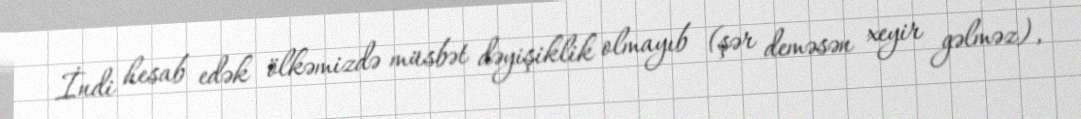
İndi hesab edək ölkəmizdə müsbət dəyişiklik olmayıb (şər deməsən xeyir gəlməz),